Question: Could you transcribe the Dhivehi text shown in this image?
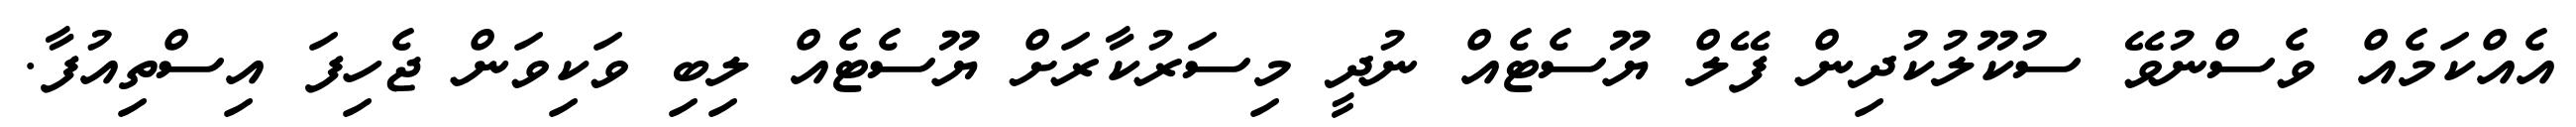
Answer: އެއްކަމެއް ވެސްނުވޭ ސުކޫލުކުދިން ފޭލް ޔޫސެޓެއް ނުދީ މިސަރުކާރަށް ޔޫސެޓެއް ލިބި ވަކިވަން ޖެހިފަ އިސްތިއުފާ.